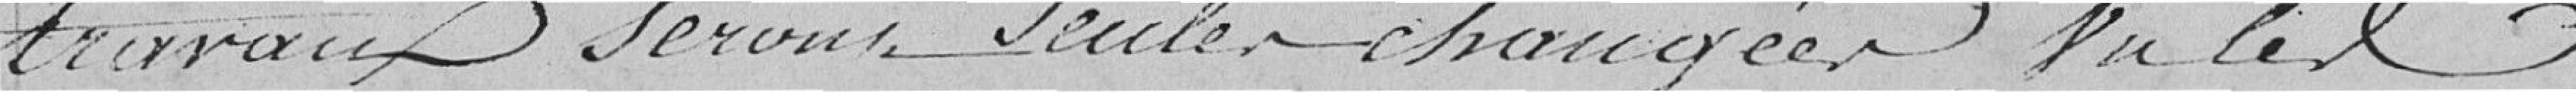
travaux Seront toutes changées, Vu les